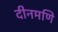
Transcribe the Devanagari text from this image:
दीनमणि